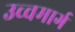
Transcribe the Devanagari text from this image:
उच्चमार्ग